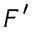
F ^ { \prime }